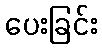
ပေးခြင်း